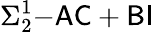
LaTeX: \Sigma_{2}^{1}{\mathrm{-}}{\mathsf{AC}}+{\mathsf{BI}}